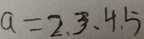
a = 2 、 3 、 4 . 5